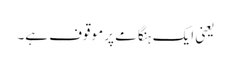
یعنی ایک ہنگامے پر موقوف ہے۔